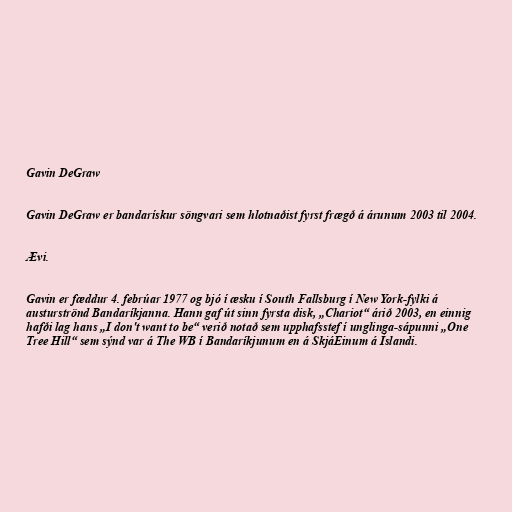
Gavin DeGraw

Gavin DeGraw er bandarískur söngvari sem hlotnaðist fyrst frægð á árunum 2003 til 2004.

Ævi.

Gavin er fæddur 4. febrúar 1977 og bjó í æsku í South Fallsburg í New York-fylki á
austurströnd Bandaríkjanna. Hann gaf út sinn fyrsta disk, „Chariot“ árið 2003, en einnig
hafði lag hans „I don't want to be“ verið notað sem upphafsstef í unglinga-sápunni „One
Tree Hill“ sem sýnd var á The WB í Bandaríkjunum en á SkjáEinum á Íslandi.